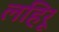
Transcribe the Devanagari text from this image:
लहिरू